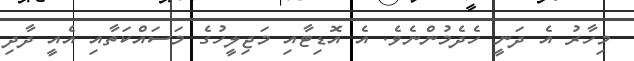
މިހާރު އެ ދަނީ ހެދެމުންނެވެ. އެ އޮޑިޓާއި މަޖިލީހުގެ މަސައްކަތާއި އެއީ ދާދި